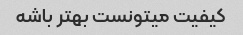
کیفیت میتونست بهتر باشه